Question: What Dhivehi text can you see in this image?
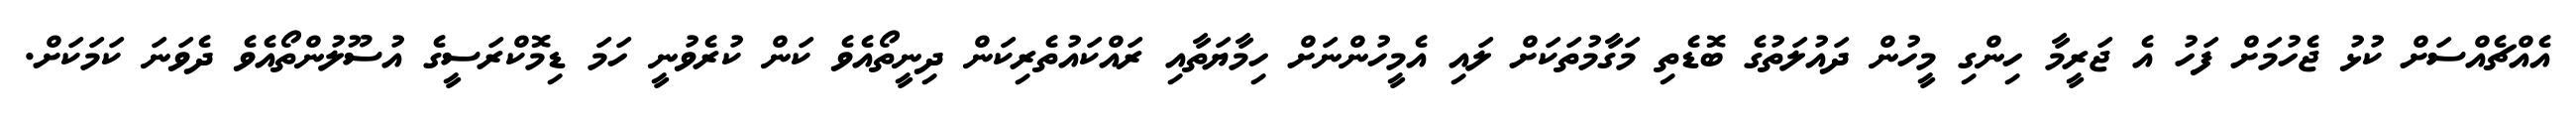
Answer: އެއްޗެއްސަށް ކުޅު ޖެހުމަށް ފަހު އެ ޖަރީމާ ހިންގި މީހުން ދައުލަތުގެ ބޮޑެތި މަގާމުތަކަށް ލައި އެމީހުންނަށް ހިމާޔަތާއި ރައްކައުތެރިކަން ދިނީތޯއެވެ ކަން ކުރެވުނީ ހަމަ ޑިމޮކްރަސީގެ އުސޫލުންތޯއެވެ ދެވަނަ ކަމަކަށް.